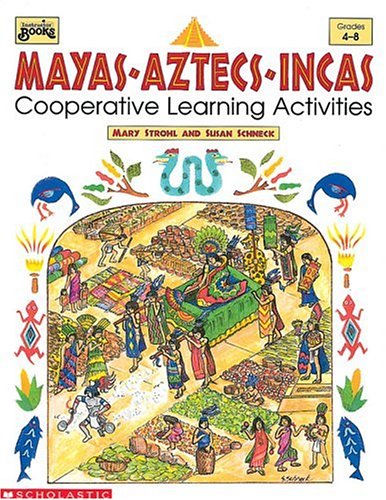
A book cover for Mayas, Aztecs, Incas: Coooperative Learning Activities (Grades 4-8); Mary Stohl; History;